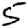
Digit: 5